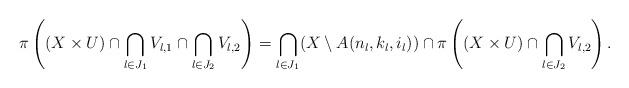
LaTeX: \begin{align*}\pi\left((X\times{U})\cap\bigcap_{l\in{J_1}}V_{l,1}\cap\bigcap_{l\in{J_2}}V_{l,2}\right)=\bigcap_{l\in{J_1}}(X\setminus{A(n_l,k_l,i_l)})\cap\pi\left((X\times{U})\cap\bigcap_{l\in{J_2}}V_{l,2}\right).\end{align*}